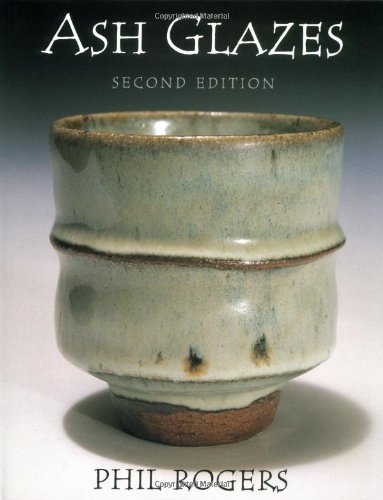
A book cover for Ash Glazes; Phil Rogers; Crafts, Hobbies & Home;